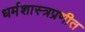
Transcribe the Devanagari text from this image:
धर्मशास्त्रप्रणीत